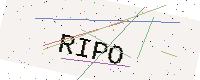
Text: RIPO